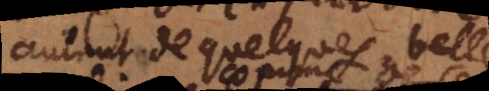
autant de quelques belle